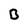
Character: B